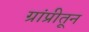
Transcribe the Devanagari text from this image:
ग्रांप्रीतून